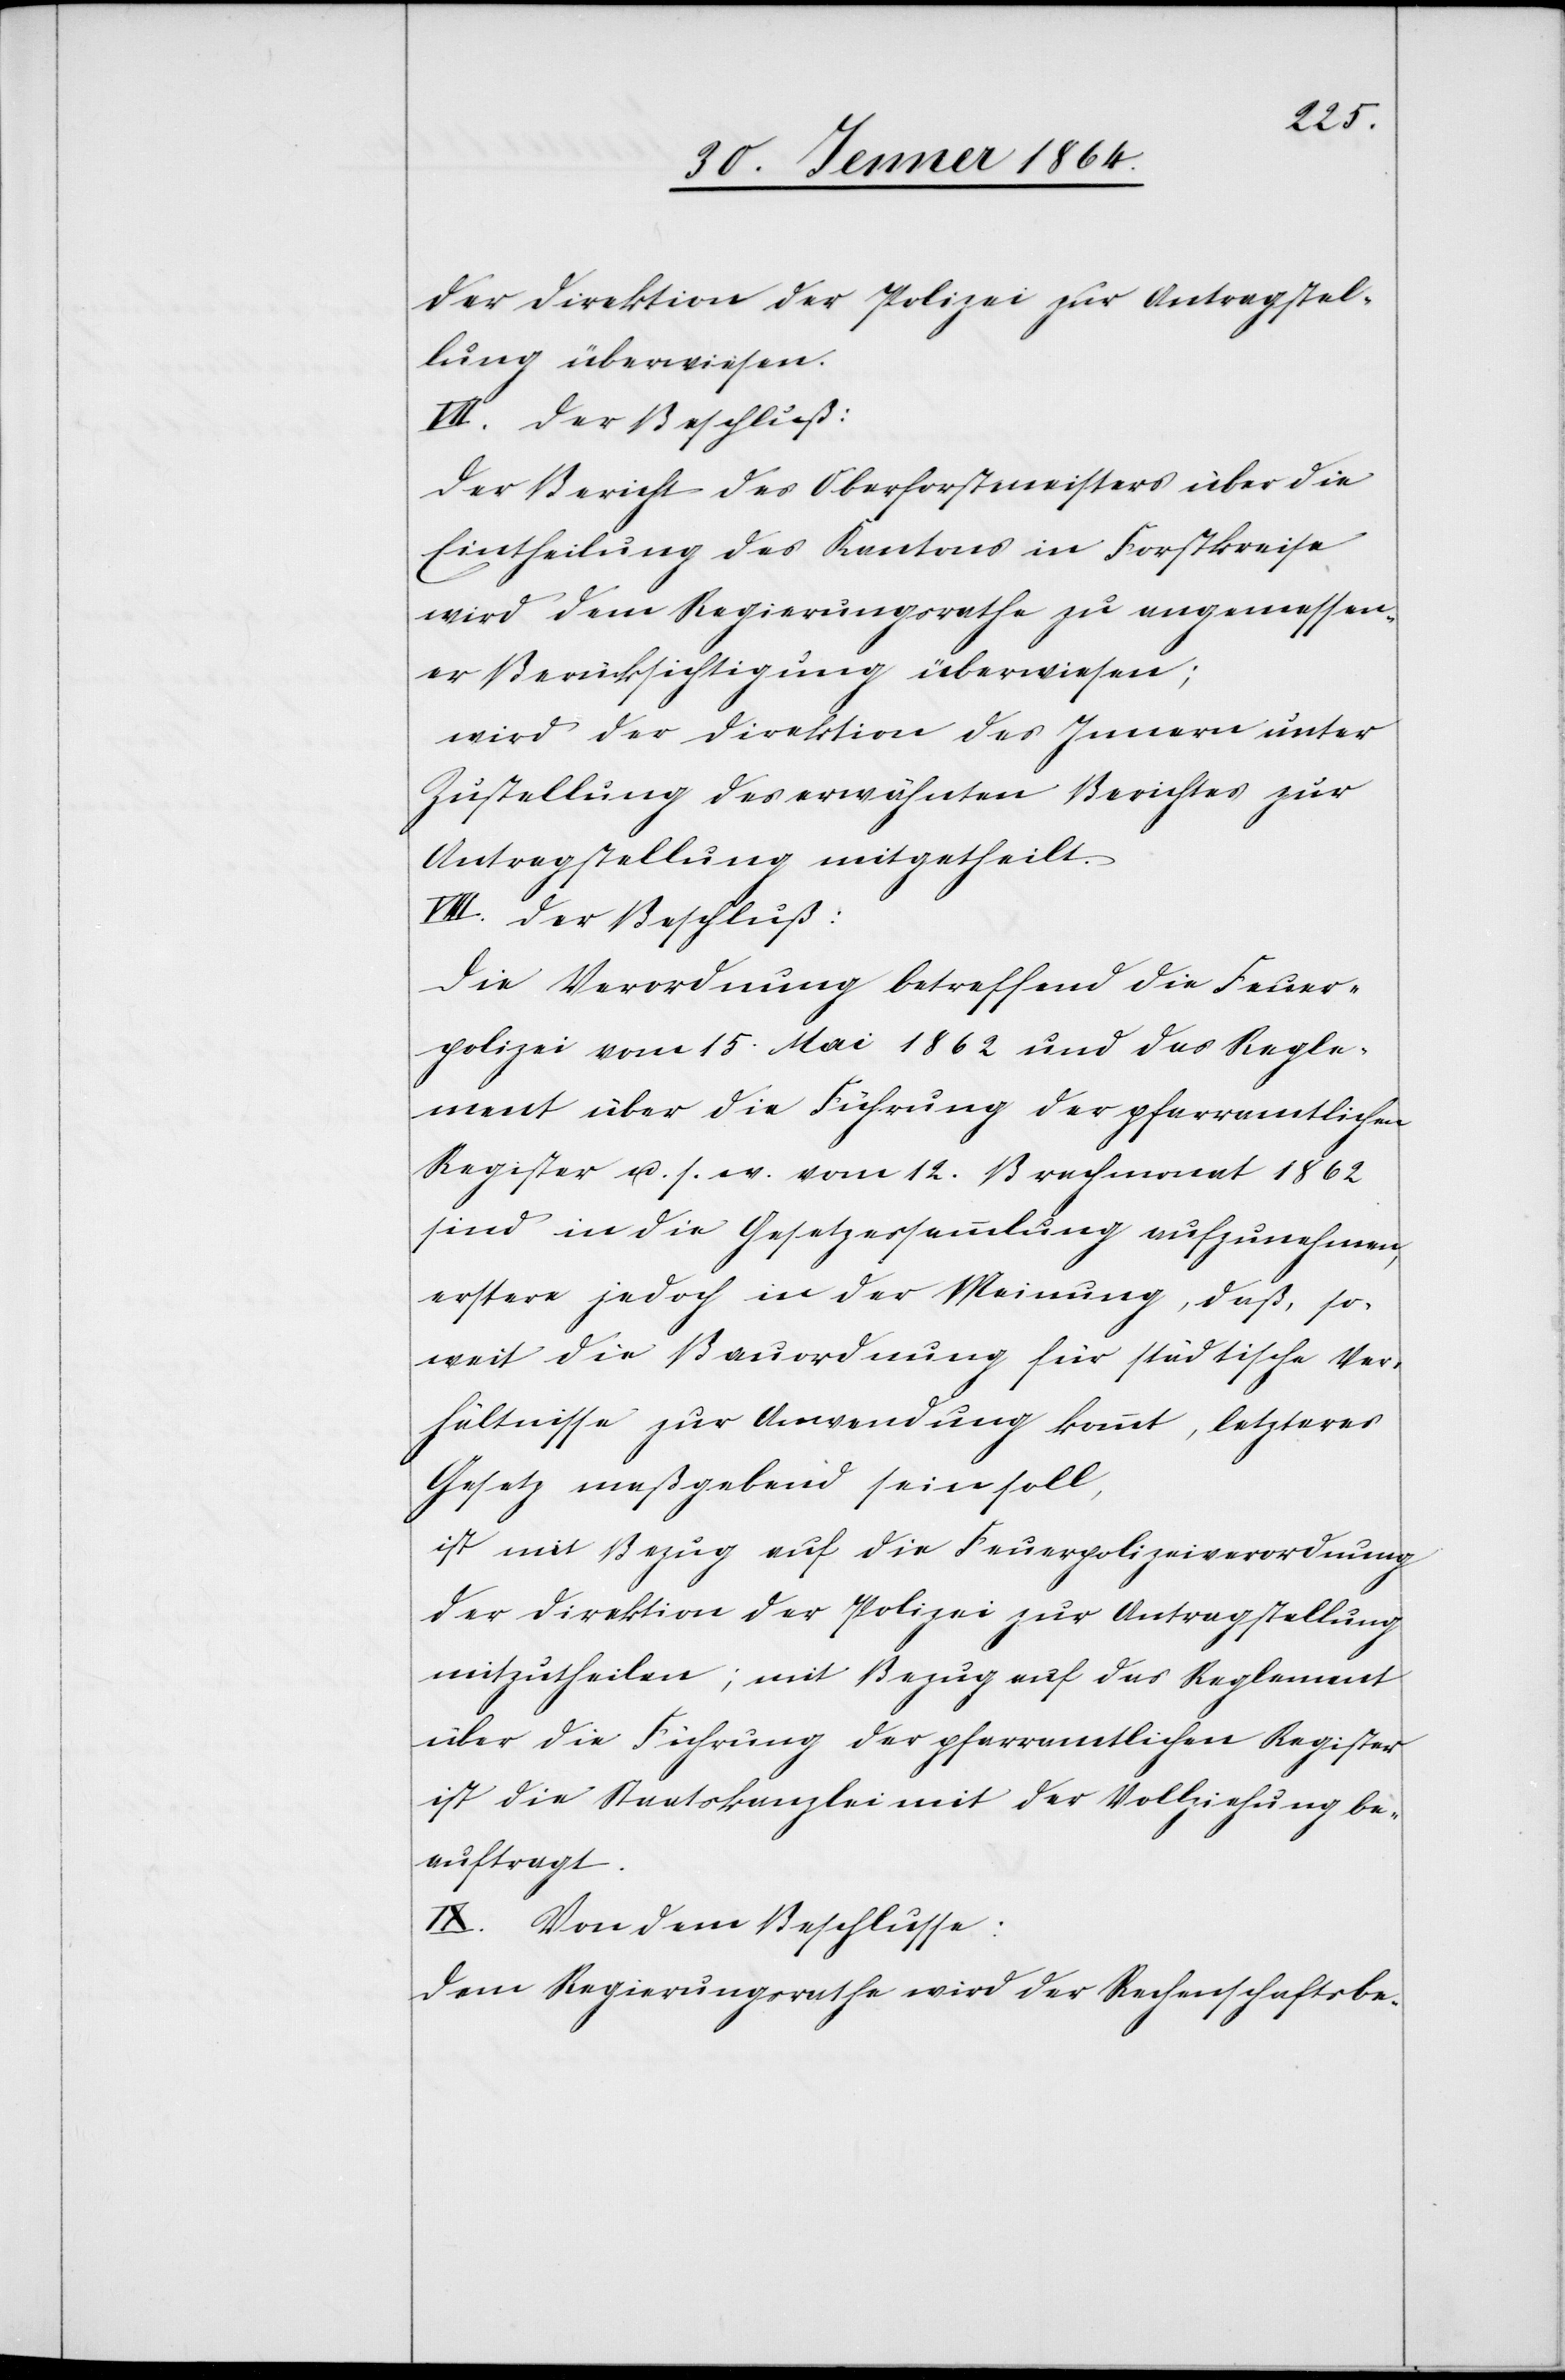
der Direktion der Polizei zur Antragstel¬
lung überwiesen.
VII. Der Beschluß:
Der Bericht des Oberforstmeisters über die
Eintheilung des Kantons in Forstkreise
wird dem Regierungsrathe zu angemessen¬
er Berücksichtigung überwiesen;
wird der Direktion des Innern unter
Zustellung des erwähnten Berichtes zur
Antragstellung mitgetheilt.
VIII. Der Beschluß:
Die Verordnung betreffend die Feuer¬
polizei vom 15. Mai 1862 und das Regle¬
ment über die Führung der pfarramtlichen
Register u. s. w. vom 12. Brachmonat 1862
sind in die Gesetzessammlung aufzunehmen,
erstere jedoch in der Meinung, daß, so¬
weit die Bauordnung für städtische Ver¬
hältnisse zur Anwendung kommt, letzteres
Gesetz maßgebend sein soll,
ist mit Bezug auf die Feuerpolizeiverordnung
der Direktion der Polizei zur Antragstellung
mitzutheilen; mit Bezug auf das Reglement
über die Führung der pfarramtlichen Register
ist die Staatskanzlei mit der Vollziehung be¬
auftragt.
IX. Von dem Beschlusse:
Dem Regierungsrathe wird der Rechenschaftsbe-